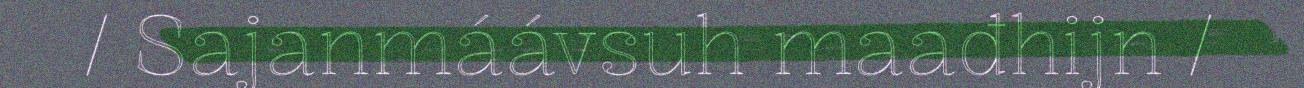
/ Sajanmáávsuh maađhijn /